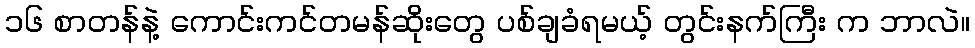
၁၆ စာတန်နဲ့ ကောင်းကင်တမန်ဆိုးတွေ ပစ်ချခံရမယ့် တွင်းနက်ကြီး က ဘာလဲ။